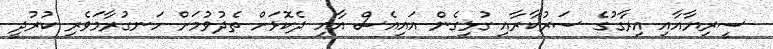
ސީރިޔާއާއި އިރާގުގެ ސަރުކާރާއި ގުޅިގެން އައިއެސް އާއި ދެކޮޅަށް ތެދުވުމަށް ހަނގުރާމަވެރި ކުރުދީ